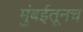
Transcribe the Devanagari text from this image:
मुंबईतूनच